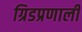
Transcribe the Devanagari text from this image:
ग्रिडप्रणाली